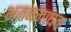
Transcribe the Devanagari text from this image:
भजनगायक